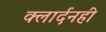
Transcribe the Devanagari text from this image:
क्लार्दनही